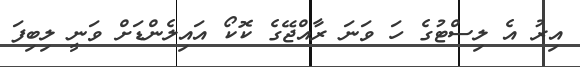
އިރު އެ ލިސްޓުގެ ހަ ވަނަ ރާއްޖޭގެ ކޮކޯ އައިލެންޑަށް ވަނީ ލިބިފަ